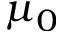
\mu _ { 0 }